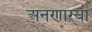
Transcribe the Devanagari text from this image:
अनणाऱ्या